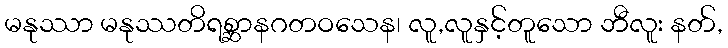
မနုဿာ မနုဿတိရစ္ဆာနဂတဝသေန၊ လူ,လူနှင့်တူသော ဘီလူး နတ်,